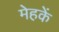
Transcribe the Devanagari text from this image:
मेहकें